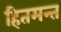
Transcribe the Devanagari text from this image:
हितमन्त